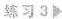
练习3